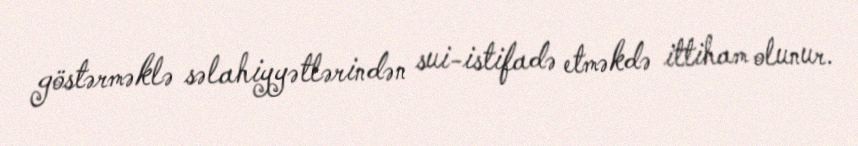
göstərməklə səlahiyyətlərindən sui-istifadə etməkdə ittiham olunur.